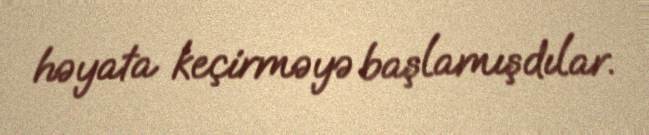
həyata keçirməyə başlamışdılar.